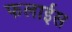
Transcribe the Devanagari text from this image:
फलाईस